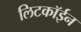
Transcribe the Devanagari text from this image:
लिटकॉईन